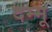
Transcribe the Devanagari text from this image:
दम्मू